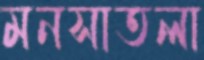
মনসাতলা